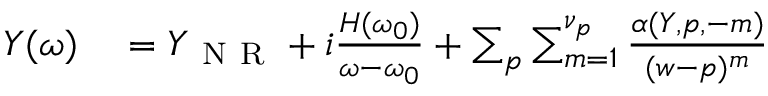
\begin{array} { r } { \begin{array} { r l } { Y ( \omega ) } & { { } = Y _ { \mathrm { ~ N ~ R ~ } } + i \frac { H ( \omega _ { 0 } ) } { \omega - \omega _ { 0 } } + \sum _ { p } \sum _ { m = 1 } ^ { \nu _ { p } } \frac { \alpha ( Y , p , - m ) } { ( w - p ) ^ { m } } } \end{array} } \end{array}